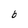
Character: b